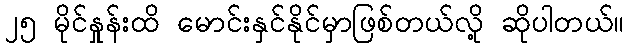
၂၅ မိုင်နှုန်းထိ မောင်းနှင်နိုင်မှာဖြစ်တယ်လို့ ဆိုပါတယ်။